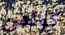
كولدن